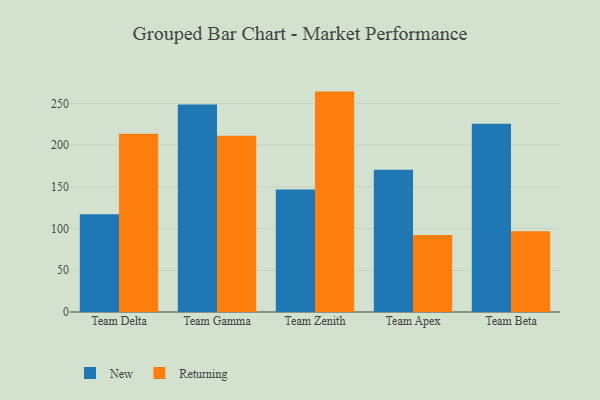
{"axis": {"x": "Team", "y": "Conversion Rate (%)"}, "legend": ["New", "Returning"], "data": [{"x": "Team Delta", "y": 117.0, "type": "New"}, {"x": "Team Delta", "y": 213.5, "type": "Returning"}, {"x": "Team Gamma", "y": 248.7, "type": "New"}, {"x": "Team Gamma", "y": 211.3, "type": "Returning"}, {"x": "Team Zenith", "y": 146.7, "type": "New"}, {"x": "Team Zenith", "y": 264.1, "type": "Returning"}, {"x": "Team Apex", "y": 170.6, "type": "New"}, {"x": "Team Apex", "y": 92.2, "type": "Returning"}, {"x": "Team Beta", "y": 225.7, "type": "New"}, {"x": "Team Beta", "y": 96.9, "type": "Returning"}]}